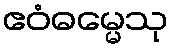
ဧဝံဓမ္မေသု